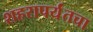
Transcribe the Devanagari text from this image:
शहरापर्यंतचा